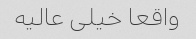
واقعا خیلی عالیه